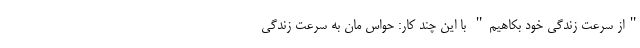
"از سرعت زندگی خود بکاهیم" با این چند کار: حواس مان به سرعت زندگی